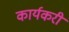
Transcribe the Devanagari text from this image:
कार्यकरी